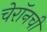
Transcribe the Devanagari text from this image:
चेरॉनची